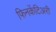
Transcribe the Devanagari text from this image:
फिनकेंटिअरी